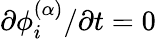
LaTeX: \partial\phi_{i}^{(\alpha)}/\partial t=0